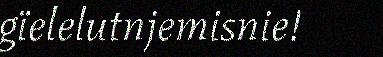
gïelelutnjemisnie!